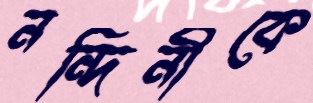
নন্দিনীকে